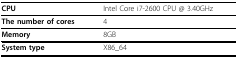
| CPU | Intel Core i7-2600 CPU @ 3.40GHz |
 | --- | --- |
 | The number of cores | 4 |
 | Memory | 8GB |
 | System type | X86_64 |